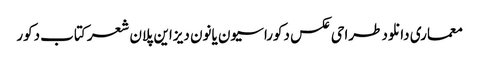
معماری دانلود طراحی عکس دکوراسیون یانون دیزاین پلان شعر کتاب دکور